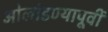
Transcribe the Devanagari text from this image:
ओलांडण्यापूर्वी